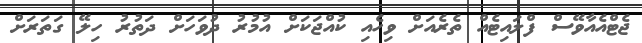
ޖެޓްއެއާވޭސް ފްލައިޓެއް ތެރެއަށް ވިހެއި ކުއްޖަކަށް އުމުރު ދުވަހަށް ދަތުރު ހިލޭ ގަތަރަށް